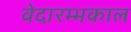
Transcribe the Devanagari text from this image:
वेदारम्भकाल